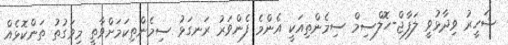
ޝަހީރު ވިދާޅުވީ ލަފާޖް-ހޮލްސިމް ސިމެންތިއަކީ އެންމެ ފެންވަރު ރަނގަޅު ސިމެންތިކަމަށްވާތީ މިވަގުތު ތަންކޮޅެއް